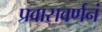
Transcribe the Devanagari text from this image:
प्रवासवर्णनं